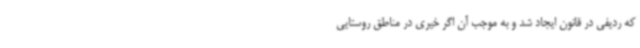
که ردیفی در قانون ایجاد شد و به موجب آن اگر خیری در مناطق روستایی